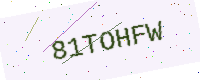
Text: 81TOHFW